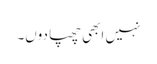
نہیں ابھی چھپا دوں۔